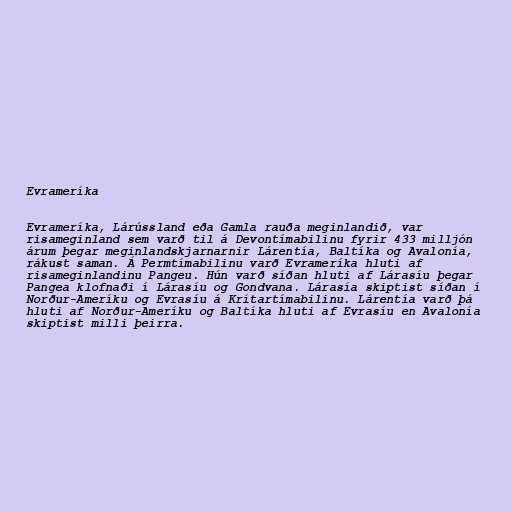
Evrameríka

Evrameríka, Lárússland eða Gamla rauða meginlandið, var
risameginland sem varð til á Devontímabilinu fyrir 433 milljón
árum þegar meginlandskjarnarnir Lárentía, Baltíka og Avalonía,
rákust saman. Á Permtímabilinu varð Evrameríka hluti af
risameginlandinu Pangeu. Hún varð síðan hluti af Lárasíu þegar
Pangea klofnaði í Lárasíu og Gondvana. Lárasía skiptist síðan í
Norður-Ameríku og Evrasíu á Krítartímabilinu. Lárentía varð þá
hluti af Norður-Ameríku og Baltíka hluti af Evrasíu en Avalonía
skiptist milli þeirra.